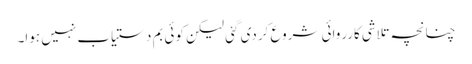
چنانچہ تلاشی کارروائی شروع کردی گئی لیکن کوئی بم دستیاب نہیں ہوا۔